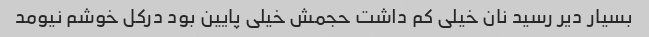
بسیار دیر رسید نان خیلی کم داشت حجمش خیلی پایین بود درکل خوشم نیومد